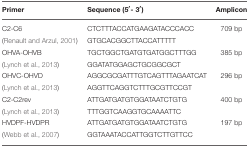
<table><thead><tr><td><b>Primer</b></td><td><b>Sequence (5′- 3′)</b></td><td><b>Amplicon</b></td></tr></thead><tbody><tr><td>C2-C6</td><td>CTCTTTACCATGAAGATACCCACC</td><td>709 bp</td></tr><tr><td>(Renault and Arzul, 2001)</td><td>GTGCACGGCTTACCATTTTT</td><td></td></tr><tr><td>OHVA-OHVB</td><td>TGCTGGCTGATGTGATGGCTTTGG</td><td>385 bp</td></tr><tr><td>(Lynch et al., 2013)</td><td>GGATATGGAGCTGCGGCGCT</td><td></td></tr><tr><td>OHVC-OHVD</td><td>AGGCGCGATTTGTCAGTTTAGAATCAT</td><td>296 bp</td></tr><tr><td>(Lynch et al., 2013)</td><td>AGGTTCAGGTCTTTGCGTTCCGT</td><td></td></tr><tr><td>C2-C2rev</td><td>ATTGATGATGTGGATAATCTGTG</td><td>400 bp</td></tr><tr><td>(Lynch et al., 2013)</td><td>TTTGGTCAAGGTGCAAAATTC</td><td></td></tr><tr><td>HVDPF-HVDPR</td><td>ATTGATGATGTGGATAATCTGTG</td><td>197 bp</td></tr><tr><td>(Webb et al., 2007)</td><td>GGTAAATACCATTGGTCTTGTTCC</td><td></td></tr></tbody></table>